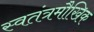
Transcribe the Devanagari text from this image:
स्वतंत्रमौखिक